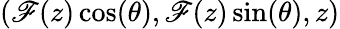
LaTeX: (\mathscr{F}(z)\cos(\theta),\mathscr{F}(z)\sin(\theta),z)